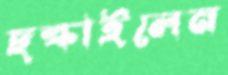
ছল্‌কাইলেন